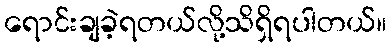
ရောင်းချခဲ့ရတယ်လို့သိရှိရပါတယ်။